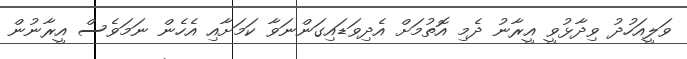
ވަލީއަހުދު ވިދާޅުވީ އީރާނު ދެމި އޮތުމަށް އެދިވަޑައިގަންނަވާ ކަމަށާއި އެހެން ނަމަވެސް އީރާނުން